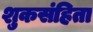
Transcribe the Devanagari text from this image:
शुकसंहिता